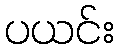
ပယင်း